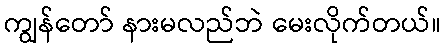
ကျွန်တော် နားမလည်ဘဲ မေးလိုက်တယ်။